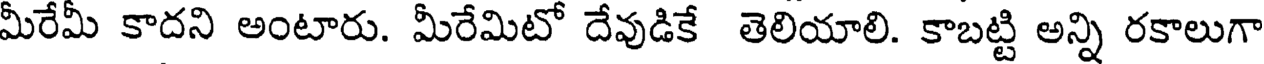
మీరేమీ కాదని అంటారు. మీరేమిటో దేవుడికే తెలియాలి. కాబట్టి అన్ని రకాలుగా